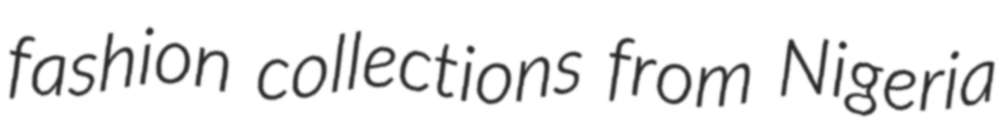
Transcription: fashion collections from Nigeria